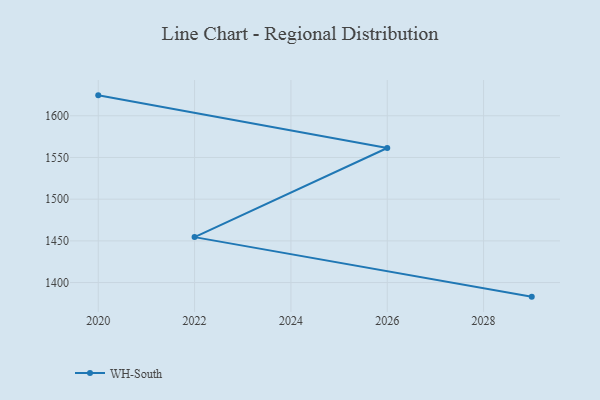
{"axis": {"x": "Year", "y": "Churn Rate (%)"}, "legend": ["WH-South"], "data": [{"x": "2020", "y": 1624.5, "type": "WH-South"}, {"x": "2026", "y": 1561.4, "type": "WH-South"}, {"x": "2022", "y": 1454.5, "type": "WH-South"}, {"x": "2029", "y": 1383.1, "type": "WH-South"}]}